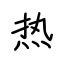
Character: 热